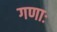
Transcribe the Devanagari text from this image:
गणाः